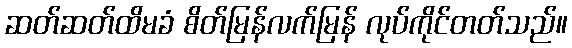
ဆတ်ဆတ်ထိမခံ စိတ်မြန်လက်မြန် လုပ်ကိုင်တတ်သည်။